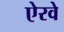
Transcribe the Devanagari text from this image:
ऐरवे